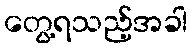
တွေ့ရသည့်အခါ